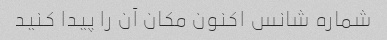
شماره شانس اکنون مکان آن را پیدا کنید